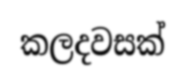
කලදවසක්